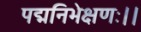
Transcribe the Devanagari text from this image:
पद्मनिभेक्षणः।।